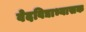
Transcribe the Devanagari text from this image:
वेदविद्याभ्यासक